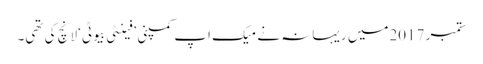
ستمبر 2017میں ریہانہ نے میک اپ کمپنی ’فینٹی بیوٹی‘ لانچ کی تھی۔